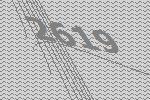
2619